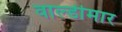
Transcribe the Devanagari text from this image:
वाल्डीमार